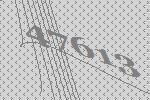
47613